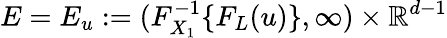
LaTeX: E=E_{u}:=(F_{X_{1}}^{-1}\{ F_{L}(u)\} ,\infty)\times\mathbb{R}^{d-1}